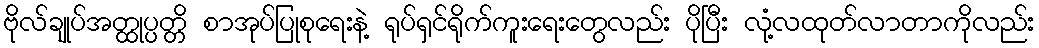
ဗိုလ်ချုပ်အတ္ထုပ္ပတ္တိ စာအုပ်ပြုစုရေးနဲ့ ရုပ်ရှင်ရိုက်ကူးရေးတွေလည်း ပိုပြီး လုံ့လထုတ်လာတာကိုလည်း